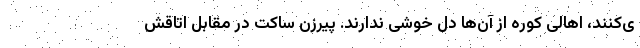
ی‌کنند، اهالی کوره از آن‌ها دل خوشی ندارند. پیرزن ساکت در مقابل اتاقش